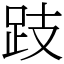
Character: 跂